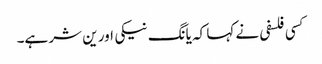
کسی فلسفی نے کہا کہ یانگ نیکی اور ین شر ہے۔